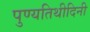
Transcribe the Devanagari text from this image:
पुण्यतिथीदिनी